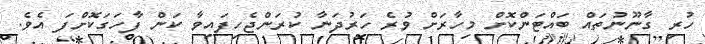
ހުރި ގާނޫނުތައް ބައްޓަންކޮށް މިހާރަށް ވުރެ ހަރުދަނާ ކުރަންޖެހިފައިވާ ކަން ފާހަގަކޮށްފަ އެވެ.